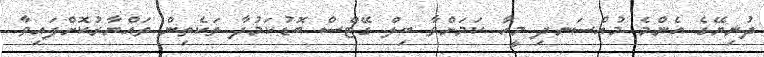
ދުނިޔޭގެ އެންމެ މުއްސަނދި މީހާ ކަމަށްވާ ބިލް ގޭޓްސް ބޮޑުކަމުދާ ތަކެތިން ތައްޔާރުކޮށްފައިވާ